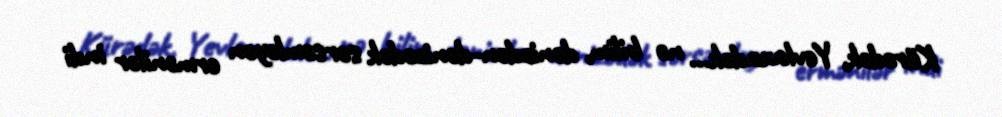
Kürədək, Yevlaxadək... nə bilim, dənizdən-dənizədək sərsəmləyən ermənilər indi